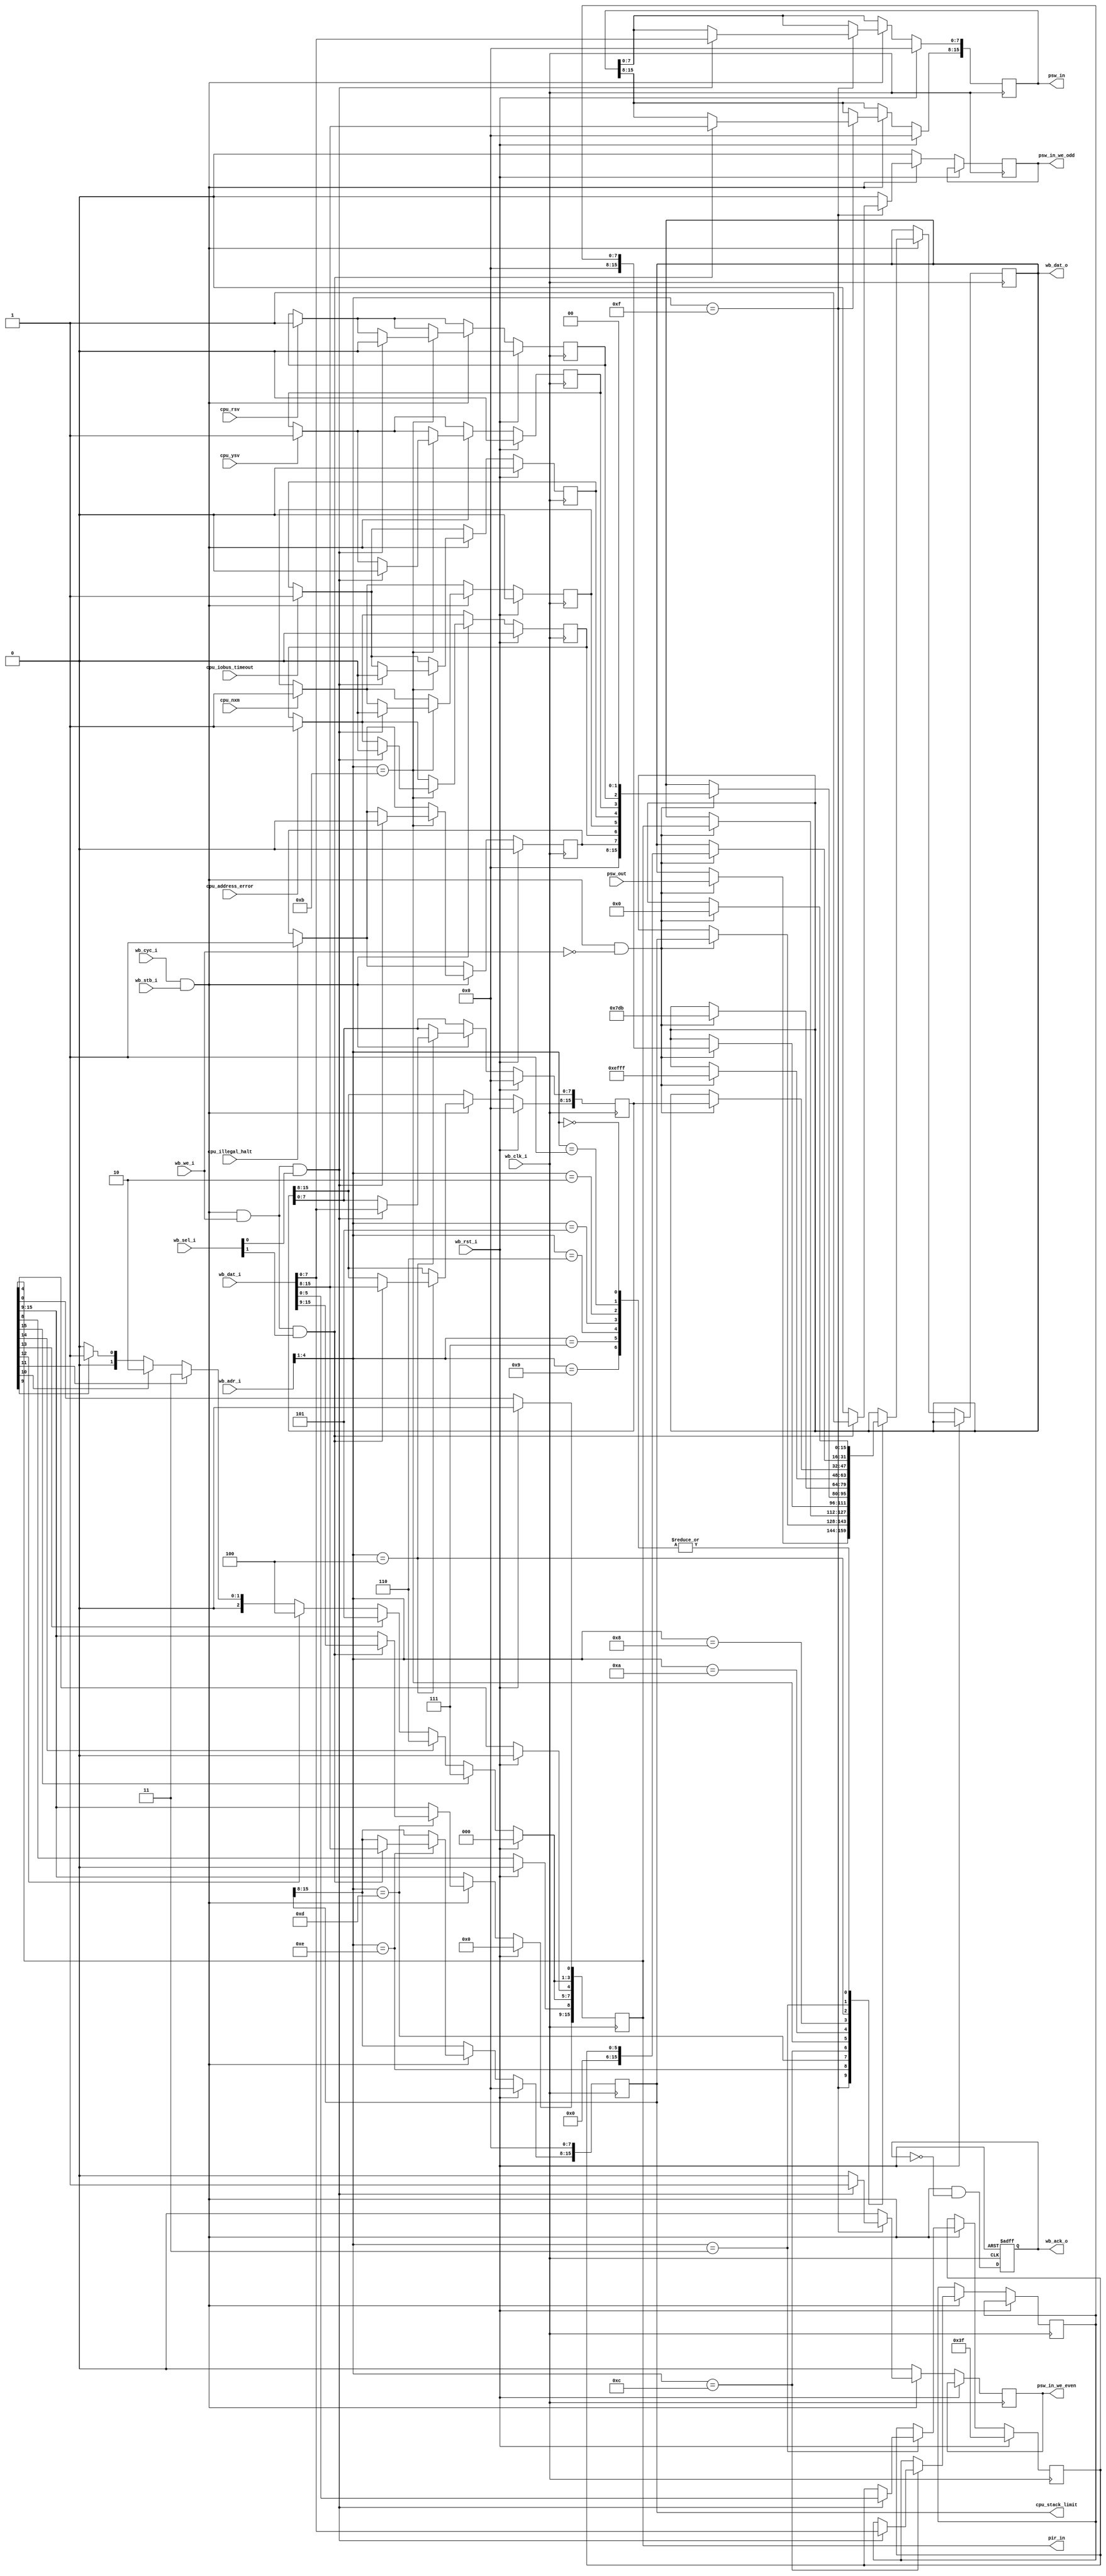
//====================================================
//     PDP2011
//====================================================
module cpu_control_regs (

//  wishbone
   input                  wb_clk_i,   //   
   input                  wb_rst_i,   // 
   input    [4:0]         wb_adr_i,   //  
   input    [15:0]        wb_dat_i,   //  
   output reg [15:0]      wb_dat_o,   //  
   input                  wb_cyc_i,   //   
   input                  wb_we_i,    //   (0 - )
   input                  wb_stb_i,   //   
   input    [1:0]         wb_sel_i,   //      - ,   
   output reg             wb_ack_o,   //   
// PSW
   output reg [15:0]      psw_in,     //  PSW  
   output reg         psw_in_we_even, //     PSW
   output reg         psw_in_we_odd,  //     PSW
   input      [15:0]  psw_out,        //  PSW  
   output reg [15:0]  cpu_stack_limit,//    
   output     [15:0]  pir_in,         //   
   
//  
   input          cpu_illegal_halt,   //  HALT    kernel
   input          cpu_address_error,  //     
   input          cpu_nxm,            //      RAM
   input          cpu_iobus_timeout,  //       -
   input          cpu_ysv,            //   
   input          cpu_rsv             //   
);

wire we; 
wire wo; 
reg[15:0] pir; 
wire[2:0] pia; 
reg cer_illhlt; 
reg cer_addrerr; 
reg cer_nxm; 
reg cer_iobto; 
reg cer_ysv; 
reg cer_rsv; 
reg[5:0] ccr; 
reg [7:0] microbreak;
reg [15:0]dummyreg;

//     
   
wire bus_strobe = wb_cyc_i & wb_stb_i;         //   
wire bus_read_req = bus_strobe & ~wb_we_i;     //  
wire bus_write_req = bus_strobe & wb_we_i;     //  
assign we = bus_write_req & wb_sel_i[0];       //    
assign wo = bus_write_req & wb_sel_i[1];       //    

//        
wire reply=wb_cyc_i & wb_stb_i & ~wb_ack_o;
always @(posedge wb_clk_i or posedge wb_rst_i)
    if (wb_rst_i == 1) wb_ack_o <= 0;
    else wb_ack_o <= reply;

//    
assign pia = ((pir[15]) == 1'b1) ? 3'b111 : 
             ((pir[14]) == 1'b1) ? 3'b110 : 
             ((pir[13]) == 1'b1) ? 3'b101 : 
             ((pir[12]) == 1'b1) ? 3'b100 : 
             ((pir[11]) == 1'b1) ? 3'b011 : 
             ((pir[10]) == 1'b1) ? 3'b010 : 
             ((pir[9]) == 1'b1) ? 3'b001 : 
                                  3'b000 ;
assign pir_in = pir ;

always @(posedge wb_clk_i) begin
   if (wb_rst_i == 1'b1)  begin
      // 
      pir <= 16'o0;
      psw_in <= 16'b0000000000000000 ; 
      cpu_stack_limit <= 16'h0000; 
      cer_illhlt <= 1'b0 ; 
      cer_addrerr <= 1'b0 ; 
      cer_nxm <= 1'b0 ; 
      cer_iobto <= 1'b0 ; 
      cer_ysv <= 1'b0 ; 
      cer_rsv <= 1'b0 ; 
      ccr <= 6'o77; //{6{1'b0}} ; //   . 77 -  .
      dummyreg <= 16'o0;
   end
   
   else  begin
      //    
      pir [7:5] <= pia;
      pir [3:1] <= pia;
      cpu_stack_limit[7:0] <= 8'b00000000 ; 
      
      //      CER
      if (cpu_illegal_halt == 1'b1)  cer_illhlt <= 1'b1 ; 
      if (cpu_address_error == 1'b1) cer_addrerr <= 1'b1 ; 
      if (cpu_nxm == 1'b1)           cer_nxm <= 1'b1 ; 
      if (cpu_iobus_timeout == 1'b1) cer_iobto <= 1'b1 ; 
      if (cpu_ysv == 1'b1)           cer_ysv <= 1'b1 ; 
      if (cpu_rsv == 1'b1)           cer_rsv <= 1'b1 ; 
      
      //    PSW  
      psw_in_we_even <= 1'b0 ; 
      psw_in_we_odd <= 1'b0 ; 
      if (bus_strobe) begin
         //   
         case (wb_adr_i[4:1])
            // PSW - 17 777 776
            4'b1111 :
                     begin
                           //  PSW
                           if (bus_read_req == 1'b1)  wb_dat_o <= psw_out ; 
                           
                           //    PSW
                           if (wo == 1'b1)  begin
                              psw_in[15:8] <= wb_dat_i[15:8] ; 
                              psw_in_we_odd <= 1'b1 ; 
                           end 
                           
                           //    PSW
                           if (we == 1'b1)  begin
                              psw_in[7:0] <= wb_dat_i[7:0] ; 
                              psw_in_we_even <= 1'b1 ; 
                           end 
                     end
            // 17 777 774 -   (stack limit)
            4'b1110 :
                     begin
                           if (bus_read_req == 1'b1) wb_dat_o <= cpu_stack_limit ; 
                           if (wo == 1'b1)           cpu_stack_limit[15:8] <= wb_dat_i[15:8] ; 
                     end
            // 17 777 772  PIRQ -  
            4'b1101 :
                     begin
                           if (bus_read_req == 1'b1)  wb_dat_o <= pir ; 
                           if (wo == 1'b1)            pir[15:9] <= wb_dat_i[15:9] ; 
                     end
            // 17 777 770  microbreak, EK-KB11C-TM-001_1170procMan.pdf
            4'b1100 :
                     begin
                           if (bus_read_req == 1'b1)   wb_dat_o <= {8'o0, microbreak}; 
                           if (we == 1'b1)             microbreak <= wb_dat_i[7:0] ; 
                     end
            // 17 777 766  CER -   
            4'b1011 :
                     begin
                           if (bus_read_req == 1'b1)  begin
                              // cer
                                 // D7 - Illegal Halt
                                 // D6 - Odd Address Error
                                 // D5 - Memory Time-Out
                                 // D4 - Unibus Time-Out
                                 // D3 - Yellow stack trap
                                 // D2 - Red stack trap
                                 wb_dat_o <= {8'b00000000, cer_illhlt, cer_addrerr, cer_nxm, cer_iobto, cer_ysv, cer_rsv, 2'b00} ; 
                           end 
                           //   -   
                           if (we == 1'b1)  begin
                              cer_illhlt <= 1'b0 ; 
                              cer_addrerr <= 1'b0 ; 
                              cer_nxm <= 1'b0 ; 
                              cer_iobto <= 1'b0 ; 
                              cer_ysv <= 1'b0 ; 
                              cer_rsv <= 1'b0 ; 
                           end 
                     end
            // 17 777 764 -  
            4'b1010 :
                     begin
                           if (bus_read_req == 1'b1)  wb_dat_o <= {1'b0, 15'd2011} ; 
                     end
            // 17 777 762
            4'b1001 :
                     begin
                           if (bus_read_req == 1'b1)  wb_dat_o <= {16{1'b0}} ; 
                     end
            // 17 777 760
            4'b1000 :
                     begin
                           //   
                           //    77777  1024KW
                           if (bus_read_req == 1'b1)   wb_dat_o <= 16'o167777 ; //  1920 KW
//                           if (bus_read_req == 1'b1)   wb_dat_o <= 16'b0000001111111111 ; //  32kw
                     end
            // 17 777 756
            4'b0111 :
                           if (bus_read_req == 1'b1)  wb_dat_o <= {16{1'b0}} ; 
            // 17 777 754
            4'b0110 :
                           if (bus_read_req == 1'b1)  wb_dat_o <= {16{1'b0}} ; 
            // 17 777 752
            4'b0101 :
                     begin
                           if (bus_read_req == 1'b1)   wb_dat_o <= {16{1'b0}} ; 
                     end
            // 17 777 750
            4'b0100 :
                     begin
                           if (bus_read_req == 1'b1)  wb_dat_o <= dummyreg; 
                            if (we) dummyreg[7:0] <= wb_dat_i[7:0];
                            if (wo) dummyreg[15:8] <= wb_dat_i[15:8];
                     end
            // 17 777 746
            4'b0011 :
                     begin
                           //   
                           if (bus_read_req == 1'b1)  begin
                              wb_dat_o <= {{10{1'b0}}, ccr} ; 
                           end 
                           if (we == 1'b1)  ccr <= wb_dat_i[5:0] ; 
                     end
            // 17 777 744
            4'b0010 :
                     begin
                           if (bus_read_req == 1'b1)  wb_dat_o <= {16{1'b0}} ; 
                     end
            // 17 777 742
            4'b0001 :
                     begin
                           if (bus_read_req == 1'b1) wb_dat_o <= {16{1'b0}} ; 
                     end
            // 17 777 740
            4'b0000 :
                     begin
                           if (bus_read_req == 1'b1)  wb_dat_o <= {16{1'b0}} ; 
                     end
         endcase 
      end 
      end 
   end  
endmodule